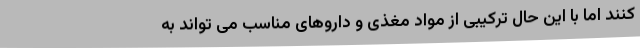
کنند اما با این حال ترکیبی از مواد مغذی و داروهای مناسب می تواند به